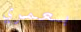
بعمري